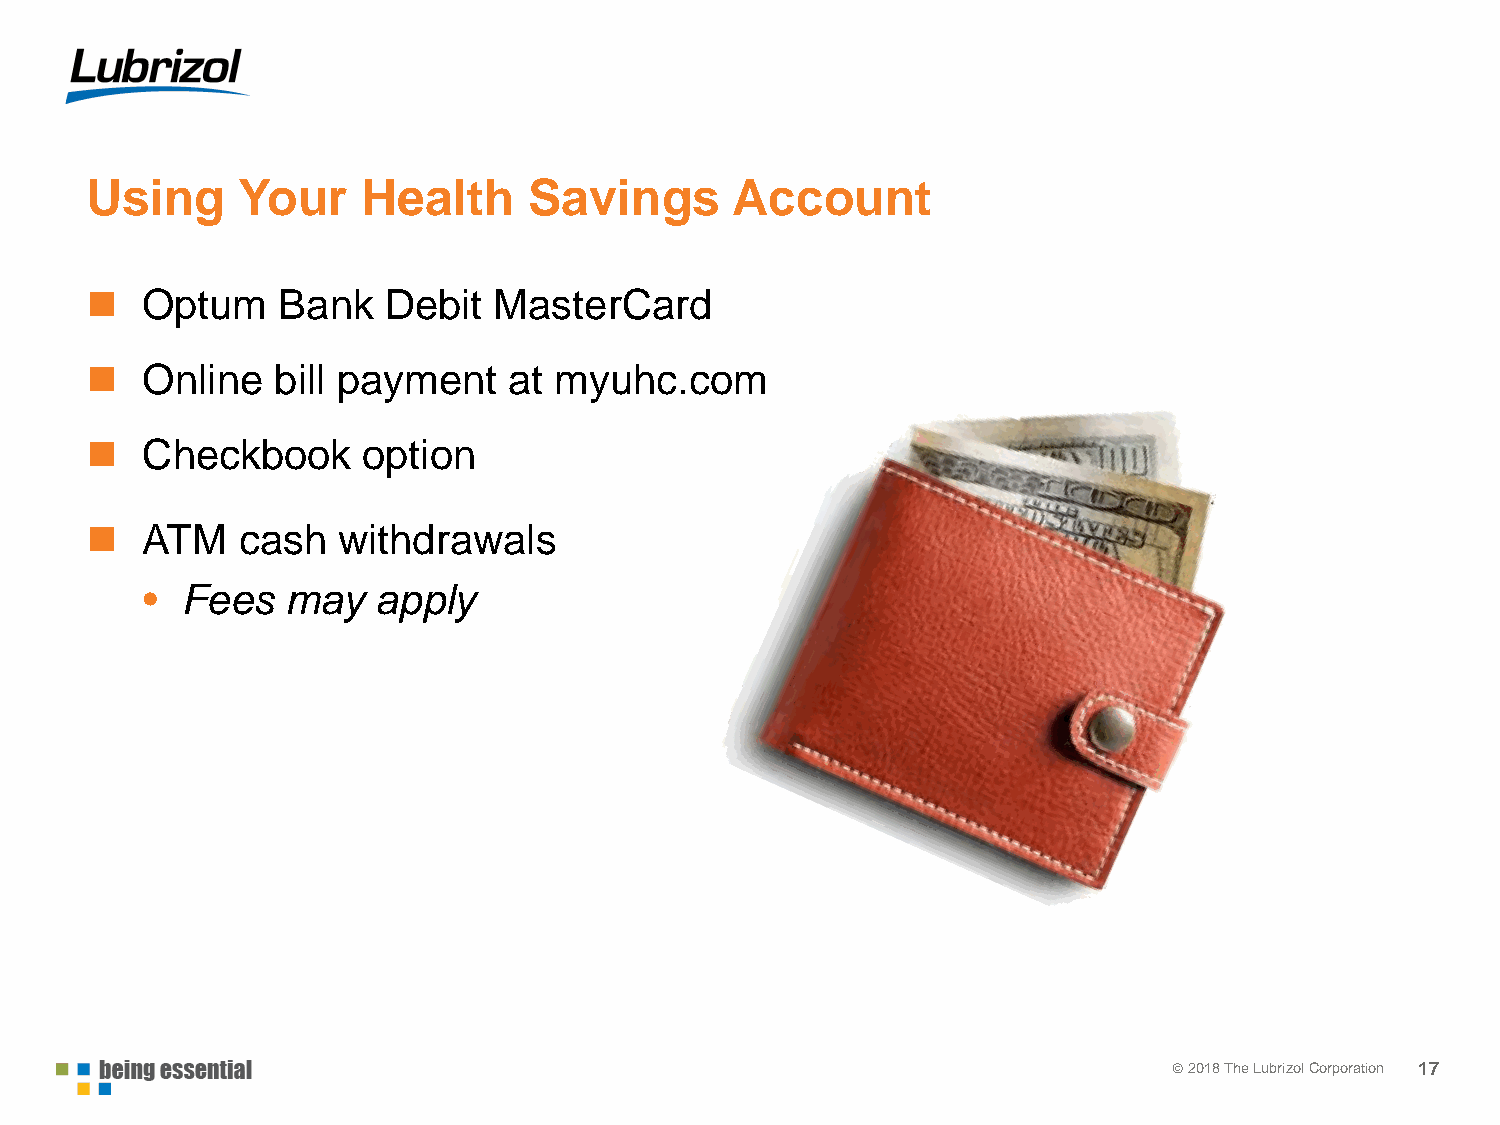
Using     Your    Health     Savings      Account
   Optum    Bank   Debit   MasterCard
   Online   bill payment    at myuhc.com
   Checkbook      option
   ATM    cash  withdrawals
 •  Fees   may   apply
 © 22001178 TThhee LLuubbrrizizool lC Coorprpoorartaiotinon 17